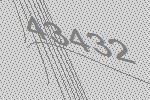
43432